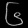
Digit: ၆